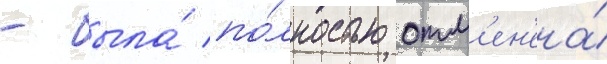
- была́ по́лностью отм'ен'ена́